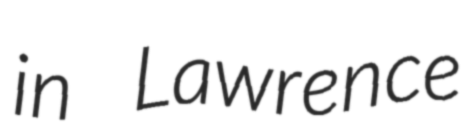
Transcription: in Lawrence